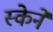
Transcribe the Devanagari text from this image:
स्केने